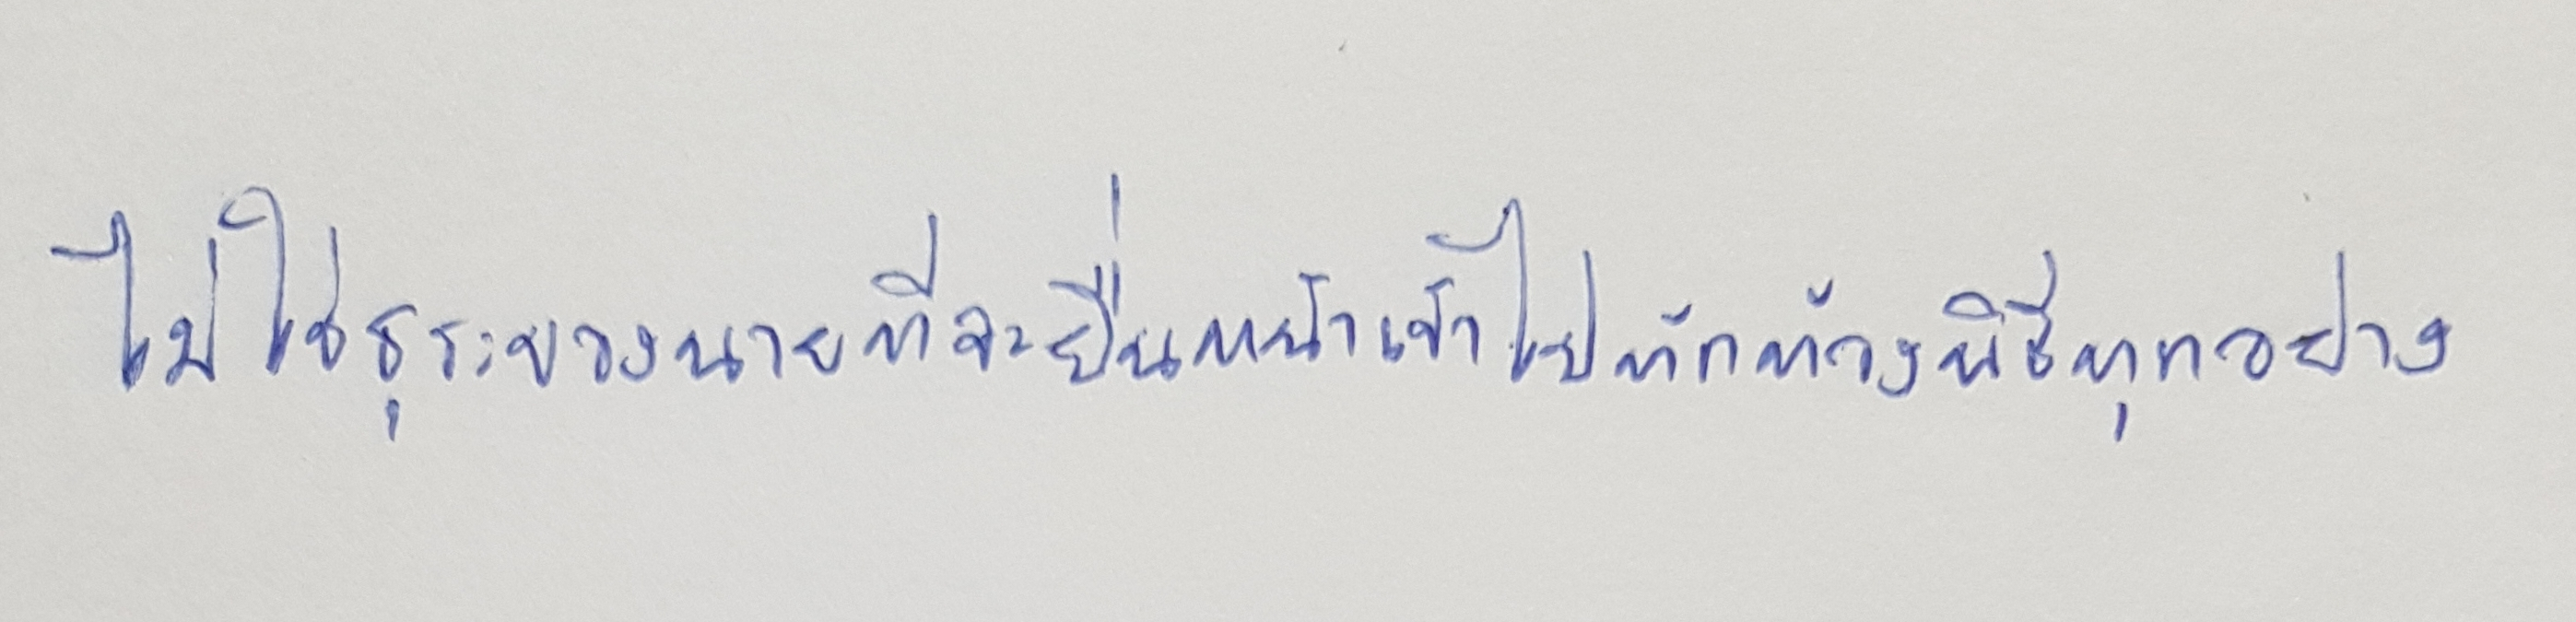
ไม่ใช่ธุระของนายที่จะยื่นหน้าเข้าไปทักท้วงพิธีทุกอย่าง